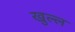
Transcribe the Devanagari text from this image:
खुल्ल